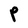
Character: P